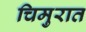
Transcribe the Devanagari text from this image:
चिमुरात